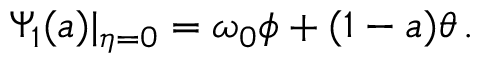
\Psi _ { 1 } ( a ) | _ { \eta = 0 } = \omega _ { 0 } \phi + ( 1 - a ) \theta \, .